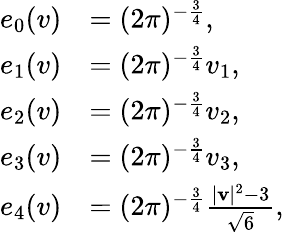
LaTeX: \begin{array}{rl}{e_{0}(v)}&{=(2\pi)^{-\frac{3}{4}},}\\ {e_{1}(v)}&{=(2\pi)^{-\frac{3}{4}}v_{1},}\\ {e_{2}(v)}&{=(2\pi)^{-\frac{3}{4}}v_{2},}\\ {e_{3}(v)}&{=(2\pi)^{-\frac{3}{4}}v_{3},}\\ {e_{4}(v)}&{=(2\pi)^{-\frac{3}{4}}\frac{|\mathbf{v}|^{2}-3}{\sqrt{6}},}\end{array}